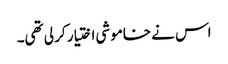
اس نے خاموشی اختیار کر لی تھی۔